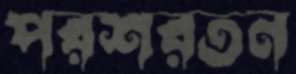
পরশরতন